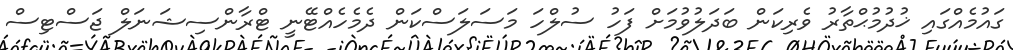
ގައުމެއްގައި ޚުދުމުޙްތާރު ވެރިކަން ބަދަލުވުމަށް ފަހު ސުލްހަ މަސަލަސްކަން ދެމެހެއްޓޭނީ ޓްރާންސިޝަނަލް ޖަސްޓިސް